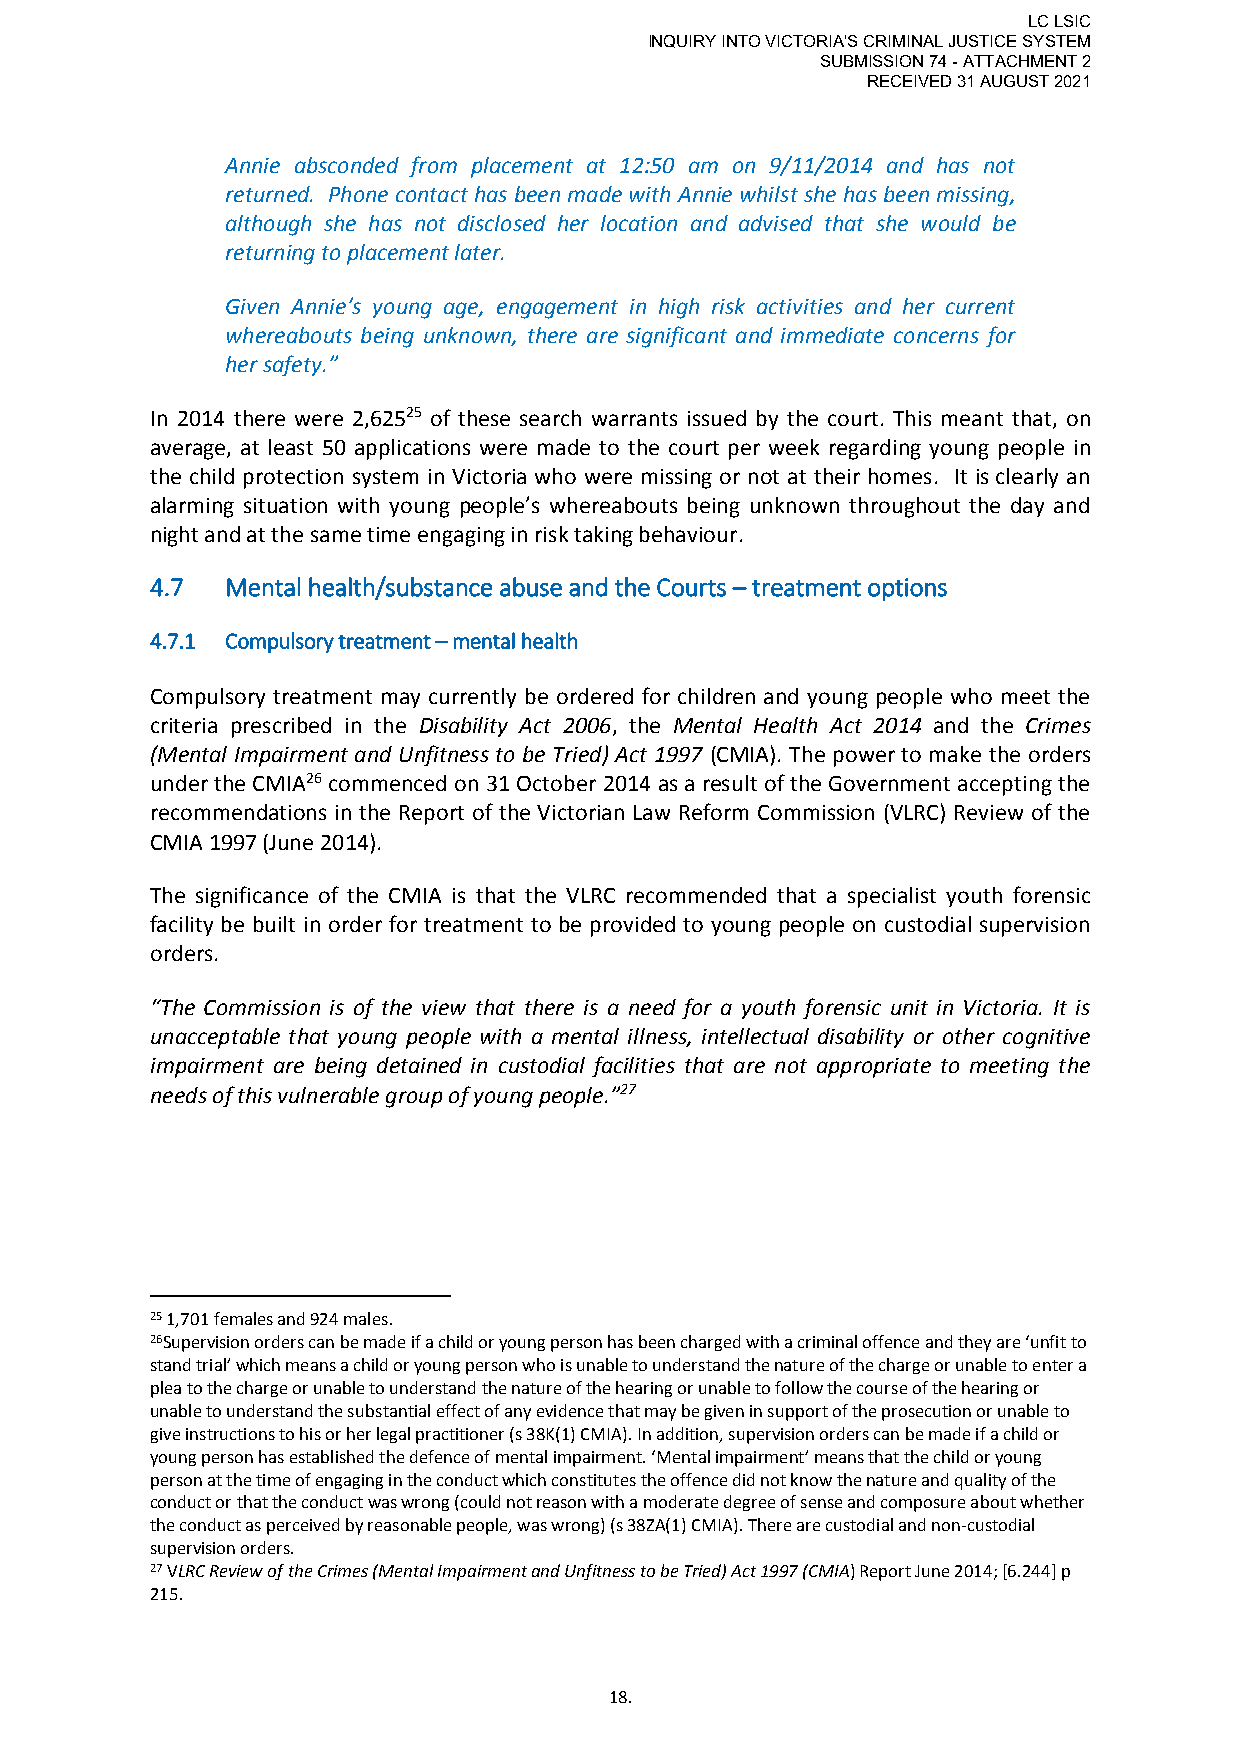
LC LSIC
 INQUIRY INTO VICTORIA'S CRIMINAL JUSTICE SYSTEM
 SUBMISSION 74 - ATTACHMENT 2
 RECEIVED 31 AUGUST 2021
 Annie absconded from placement at 12:50 am on 9/11/2014 and has not
 returned. Phone contact has been made with Annie whilst she has been missing,
 although she has not disclosed her location and advised that she would be
 returning to placement later.
 Given Annie’s young age, engagement in high risk activities and her current
 whereabouts being unknown, there are significant and immediate concerns for
 her safety.”
 In 2014 there were 2,62525 of these search warrants issued by the court. This meant that, on
 average, at least 50 applications were made to the court per week regarding young people in
 the child protection system in Victoria who were missing or not at their homes. It is clearly an
 alarming situation with young people’s whereabouts being unknown throughout the day and
 night and at the same time engaging in risk taking behaviour.
 4.7  Mental health/substance abuse and the Courts – treatment options
 4.7.1 Compulsory treatment – mental health
 Compulsory treatment may currently be ordered for children and young people who meet the
 criteria prescribed in the Disability Act 2006, the Mental Health Act 2014 and the Crimes
 (Mental Impairment and Unfitness to be Tried) Act 1997 (CMIA). The power to make the orders
 under the CMIA26 commenced on 31 October 2014 as a result of the Government accepting the
 recommendations in the Report of the Victorian Law Reform Commission (VLRC) Review of the
 CMIA 1997 (June 2014).
 The significance of the CMIA is that the VLRC recommended that a specialist youth forensic
 facility be built in order for treatment to be provided to young people on custodial supervision
 orders.
 “The Commission is of the view that there is a need for a youth forensic unit in Victoria. It is
 unacceptable that young people with a mental illness, intellectual disability or other cognitive
 impairment are being detained in custodial facilities that are not appropriate to meeting the
 needs of this vulnerable group of young people.”27
 25 1,701 females and 924 males.
 26Supervision orders can be made if a child or young person has been charged with a criminal offence and they are ‘unfit to
 stand trial’ which means a child or young person who is unable to understand the nature of the charge or unable to enter a
 plea to the charge or unable to understand the nature of the hearing or unable to follow the course of the hearing or
 unable to understand the substantial effect of any evidence that may be given in support of the prosecution or unable to
 give instructions to his or her legal practitioner (s 38K(1) CMIA). In addition, supervision orders can be made if a child or
 young person has established the defence of mental impairment. ‘Mental impairment’ means that the child or young
 person at the time of engaging in the conduct which constitutes the offence did not know the nature and quality of the
 conduct or that the conduct was wrong (could not reason with a moderate degree of sense and composure about whether
 the conduct as perceived by reasonable people, was wrong) (s 38ZA(1) CMIA). There are custodial and non-custodial
 supervision orders.
 27 VLRC Review of the Crimes (Mental Impairment and Unfitness to be Tried) Act 1997 (CMIA) Report June 2014; [6.244] p
 215.
 18.